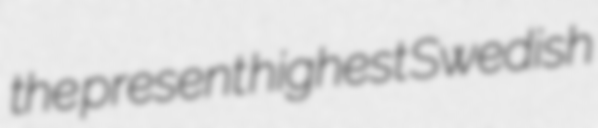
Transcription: the present highest Swedish